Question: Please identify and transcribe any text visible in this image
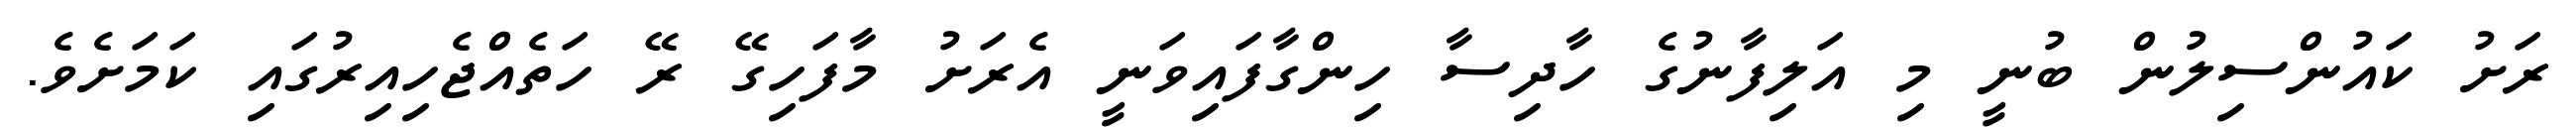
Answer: ރަށު ކައުންސިލުން ބުނީ މި އަލިފާނުގެ ހާދިސާ ހިންގާފައިވަނީ އެރަށު މާފަހިގޭ ރޭ ހަތެއްޖެހިއިރުގައި ކަމަށެވެ.